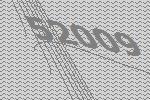
52009